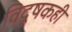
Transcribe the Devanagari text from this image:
विदूषकही